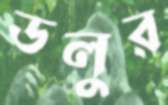
ডলুর